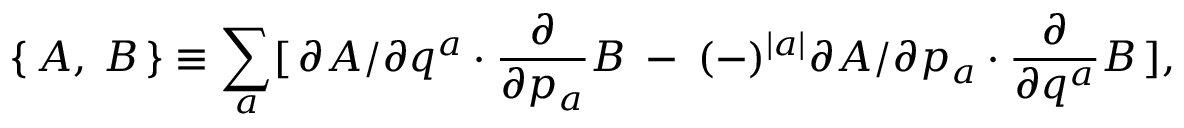
\{ \, A , \: B \, \} \equiv \sum _ { a } [ \, \partial A / \partial q ^ { a } \cdot \frac { \partial } { \partial p _ { a } } B \: - \: ( - ) ^ { \mid a \mid } \partial A / \partial p _ { a } \cdot \frac { \partial } { \partial q ^ { a } } B \, ] ,